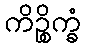
ကိဉ္စိက္ခံ